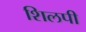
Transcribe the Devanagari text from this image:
शिलपी